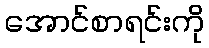
အောင်စာရင်းကို